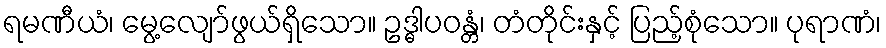
ရမဏီယံ၊ မွေ့လျော်ဖွယ်ရှိသော။ ဥဒ္ဓါပဝန္တံ၊ တံတိုင်းနှင့် ပြည့်စုံသော။ ပုရာဏံ၊